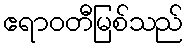
ဧရာဝတီမြစ်သည်